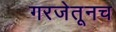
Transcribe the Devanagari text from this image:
गरजेतूनच